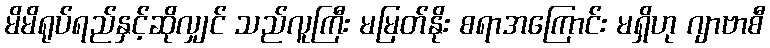
မိမိရုပ်ရည်နှင့်ဆိုလျှင် သည်လူကြီး မမြတ်နိုး စရာအကြောင်း မရှိဟု ဂျာဗာစီ